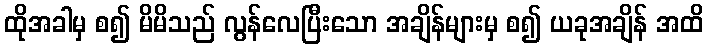
ထိုအခါမှ စ၍ မိမိသည် လွန်လေပြီးသော အချိန်များမှ စ၍ ယခုအချိန် အထိ